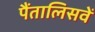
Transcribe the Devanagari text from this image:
पैंतालिसवें